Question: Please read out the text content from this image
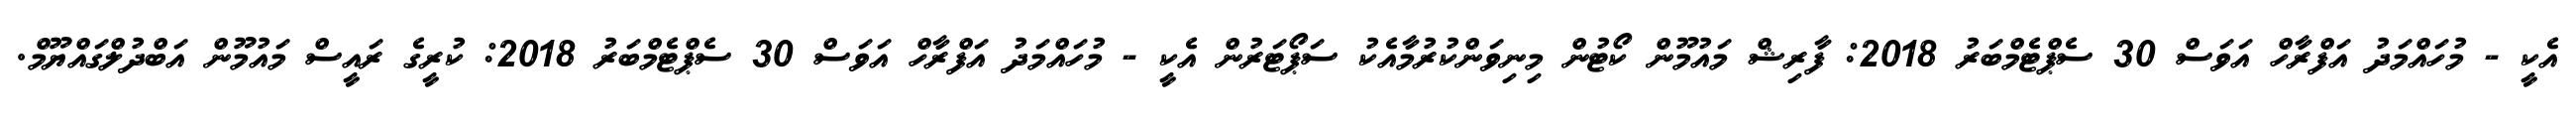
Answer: އެކީ - މުހައްމަދު އަފްރާހް އަވަސް 30 ސެޕްޓެމްބަރު 2018: ފާރިޝް މައުމޫން ކޯޓުން މިނިވަންކުރުމާއެކު ސަޕޯޓަރުން އެކީ - މުހައްމަދު އަފްރާހް އަވަސް 30 ސެޕްޓެމްބަރު 2018: ކުރީގެ ރައީސް މައުމޫން އަބްދުލްގައްޔޫމް.